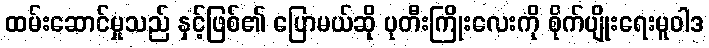
ထမ်းဆောင်မှုသည် နှင့်ဖြစ်၏ ပြောမယ်ဆို ပုတီးကြိုးလေးကို စိုက်ပျိုးရေးမူဝါဒ